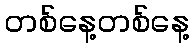
တစ်နေ့တစ်နေ့